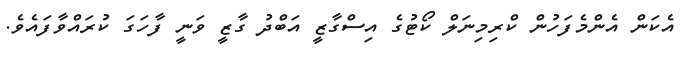
އެކަން އެންމެފަހުން ކްރިމިނަލް ކޯޓުގެ އިސްގާޒީ އަބްދު ގާޒީ ވަނީ ފާހަގަ ކުރައްވާފައެވެ.